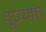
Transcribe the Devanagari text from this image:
पूज्याघं